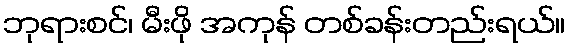
ဘုရားစင်၊ မီးဖို အကုန် တစ်ခန်းတည်းရယ်။